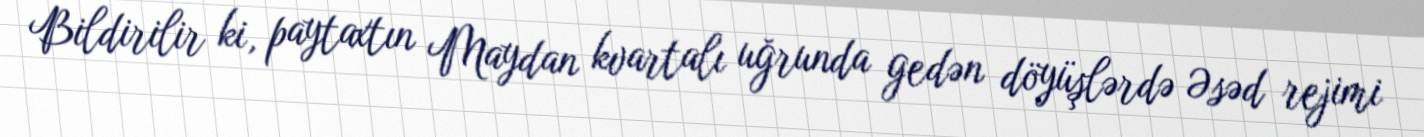
Bildirilir ki, paytaxtın Maydan kvartalı uğrunda gedən döyüşlərdə Əsəd rejimi